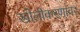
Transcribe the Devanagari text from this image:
खोलीकरणावर